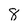
Character: 8